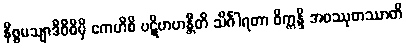
နိစ္စမသျာဒိဝိဓိမှိ ကေဟိစိ ပဋိဗာဟန္တီတိ သိင်္ဂါရတာ ဝိက္ကန္ဒိ အဝဿုတဿာတိ